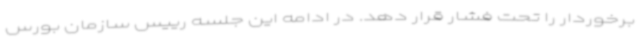
برخوردار را تحت فشار قرار دهد. در ادامه این جلسه رییس سازمان بورس